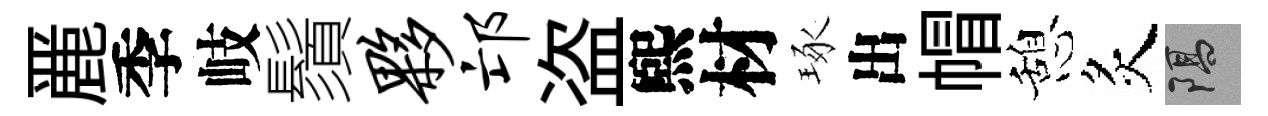
䴡季岐鬚夥邙盗煕材琢出帽憩炙隔